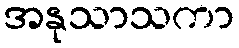
အနုသာသကာ